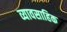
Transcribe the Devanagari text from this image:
व्यावसाहिक